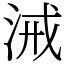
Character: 㳦